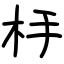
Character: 杽